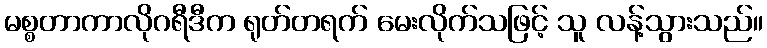
မစ္စတာကာလိုဂရီဒီက ရုတ်တရက် မေးလိုက်သဖြင့် သူ လန့်သွားသည်။